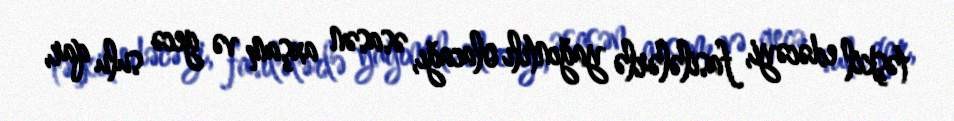
təşkil edəcəyi, fasilələrlə yağıntılı olacağı, əsasən axşam və gecə sulu qar,